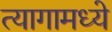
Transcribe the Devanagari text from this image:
त्यागामध्ये